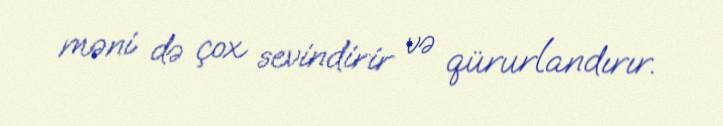
məni də çox sevindirir və qürurlandırır.